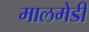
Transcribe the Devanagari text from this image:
मालमेडी